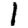
Digit: 1